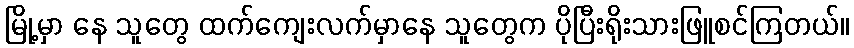
မြို့မှာ နေ သူတွေ ထက်ကျေးလက်မှာနေ သူတွေက ပိုပြီးရိုးသားဖြူစင်ကြတယ်။